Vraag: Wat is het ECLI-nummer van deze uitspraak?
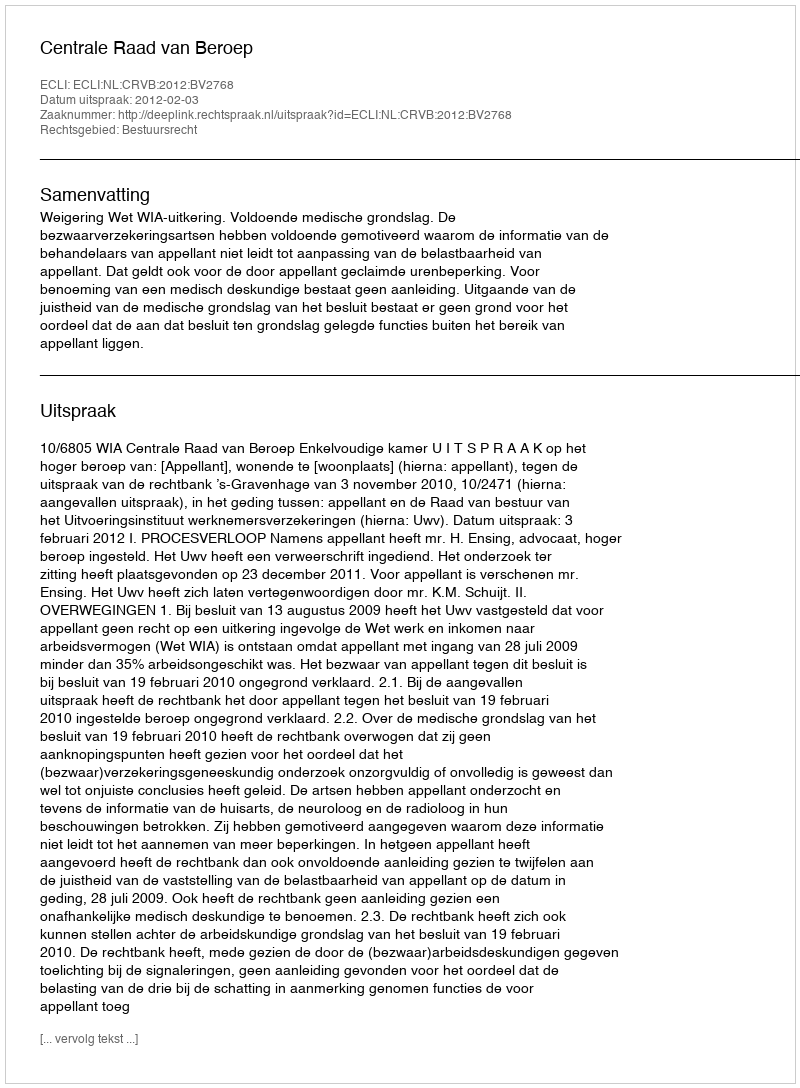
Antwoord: ECLI:NL:CRVB:2012:BV2768